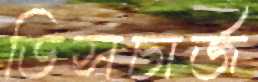
ডিসচার্জ